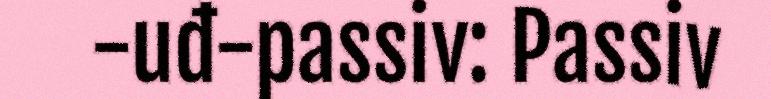
-uđ-passiv: Passiv